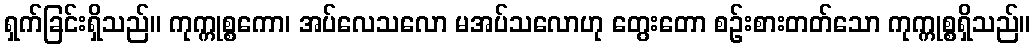
ရှက်ခြင်းရှိသည်။ ကုက္ကုစ္စကော၊ အပ်လေသလော မအပ်သလောဟု တွေးတော စဉ်းစားတတ်သော ကုက္ကုစ္စရှိသည်။